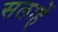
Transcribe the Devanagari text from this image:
सलाहें